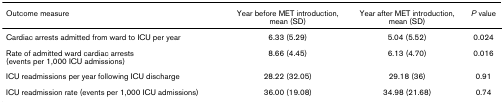
| Outcome measure | Year before MET introduction, mean (SD) | Year after MET introduction, mean (SD) | P value |
 | --- | --- | --- | --- |
 | Cardiac arrests admitted from ward to ICU per year | 6.33 (5.29) | 5.04 (5.52) | 0.024 |
 | Rate of admitted ward cardiac arrests (events per 1,000 ICU admissions) | 8.66 (4.45) | 6.13 (4.70) | 0.016 |
 | ICU readmissions per year following ICU discharge | 28.22 (32.05) | 29.18 (36) | 0.91 |
 | ICU readmission rate (events per 1,000 ICU admissions) | 36.00 (19.08) | 34.98 (21.68) | 0.74 |